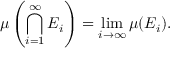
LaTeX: \mu \left( \bigcap _ { i = 1 } ^ { \infty } E _ { i } \right) = \operatorname* { l i m } _ { i \to \infty } \mu ( E _ { i } ) .